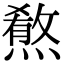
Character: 𤎦